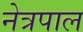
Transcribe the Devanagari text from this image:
नेत्रपाल